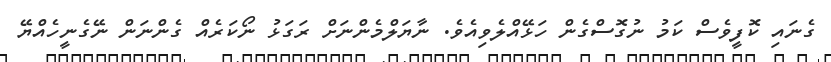
ގެނައި ކޮފީވެސް ކަމު ނުގޮސްގެން ހަޅޭއްލެވިއެވެ. ނާޔަލްމެންނަށް ރަގަޅު ނޯކަރެއް ގެންނަން ނޭގެނީހެއްޔޭ